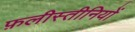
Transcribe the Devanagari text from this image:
फ़लीस्तीनियों